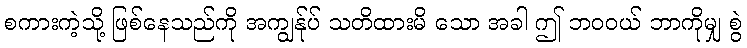
စကားကဲ့သို့ ဖြစ်နေသည်ကို အကျွန်ုပ် သတိထားမိ သော အခါ ဤ ဘဝဝယ် ဘာကိုမျှ စွဲ